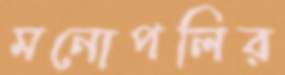
মনোপলির